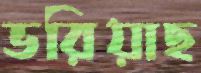
ভরিয়াছ